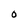
Character: 0